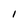
Character: 1